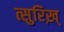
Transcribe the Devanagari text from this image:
त्सुरिख़्